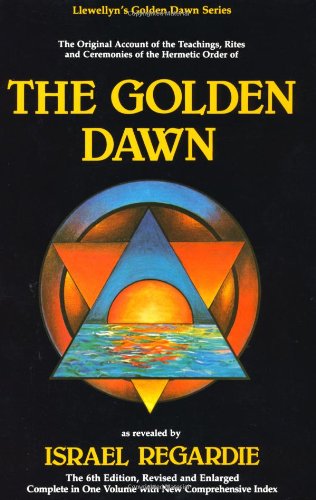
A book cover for The Golden Dawn: The Original Account of the Teachings, Rites & Ceremonies of the Hermetic Order (Llewellyn's Golden Dawn Series); Israel Regardie; Religion & Spirituality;